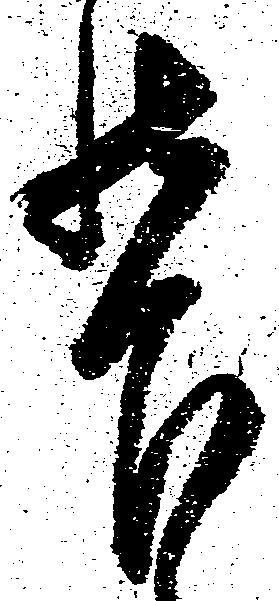
罷